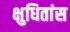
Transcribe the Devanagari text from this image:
क्षुधितांस